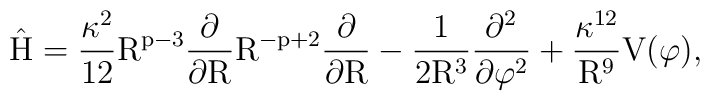
\rm \hat H =\frac{\kappa^2}{12} R^{p-3} \frac{\partial}{\partial R} R^{-p+2} \frac{\partial}{\partial R} - \frac{1}{2R^3} \frac{\partial^2}{\partial \varphi^2} +\frac{\kappa^{12}}{R^9} V(\varphi),